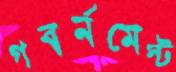
গবর্নমেন্ট